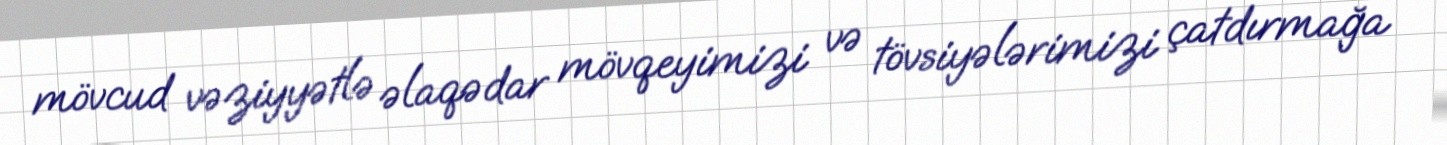
mövcud vəziyyətlə əlaqədar mövqeyimizi və tövsiyələrimizi çatdırmağa